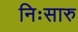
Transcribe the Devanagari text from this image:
निःसारु